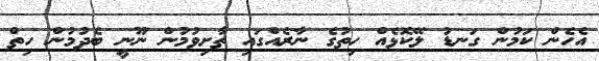
އެހެން ކަމުން ގަނޑު ލޭކޮޅެއް ހިތުގެ ނާރެއްގައި ތާށިވުމުން ނޫނީ ބެދުމުން ހިތް